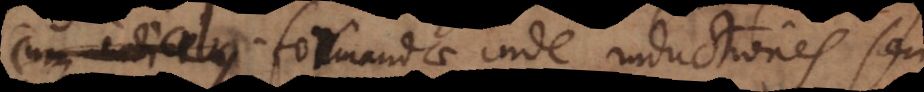
cibus. Formandae inde inductiones seu